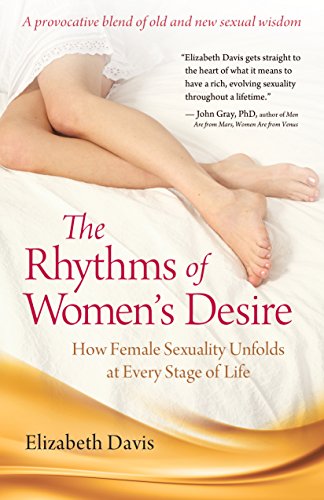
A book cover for The Rhythms of Women's Desire: How Female Sexuality Unfolds at Every Stage of Life; Elizabeth Davis; Health, Fitness & Dieting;